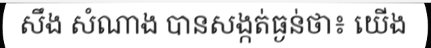
សឹង សំណាង បានសង្កត់ធ្ងន់ថា៖ យើង